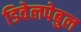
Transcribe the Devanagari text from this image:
डिवेलपेबुल